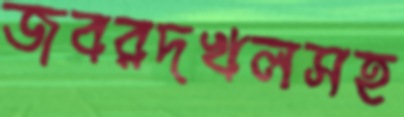
জবরদখলসহ